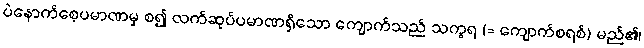
ပဲနောက်စေ့ပမာဏမှ စ၍ လက်ဆုပ်ပမာဏရှိသော ကျောက်သည် သက္ခရ (= ကျောက်စရစ်) မည်၏၊